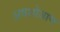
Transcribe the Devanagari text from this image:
अवशोजाण